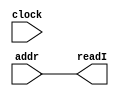
//BENGI YORUKOGLU 131044046
module pc(addr , readI, clock);
	output reg [31:0] readI;
	input [31:0] addr;
	input clock;
	reg [31:0] tempPc;
	
	initial tempPc = 0;
	
	always @(addr or tempPc)
		begin
			tempPc = addr;
		end
	
	always @(clock or tempPc)// running the program with this clock
		begin
			readI = tempPc ;
		end
endmodule